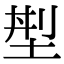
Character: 𡌁